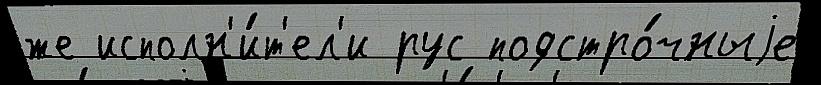
же исполн'и́т'ел'и рус подстро́чныjе